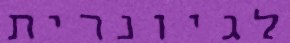
לגיונרית